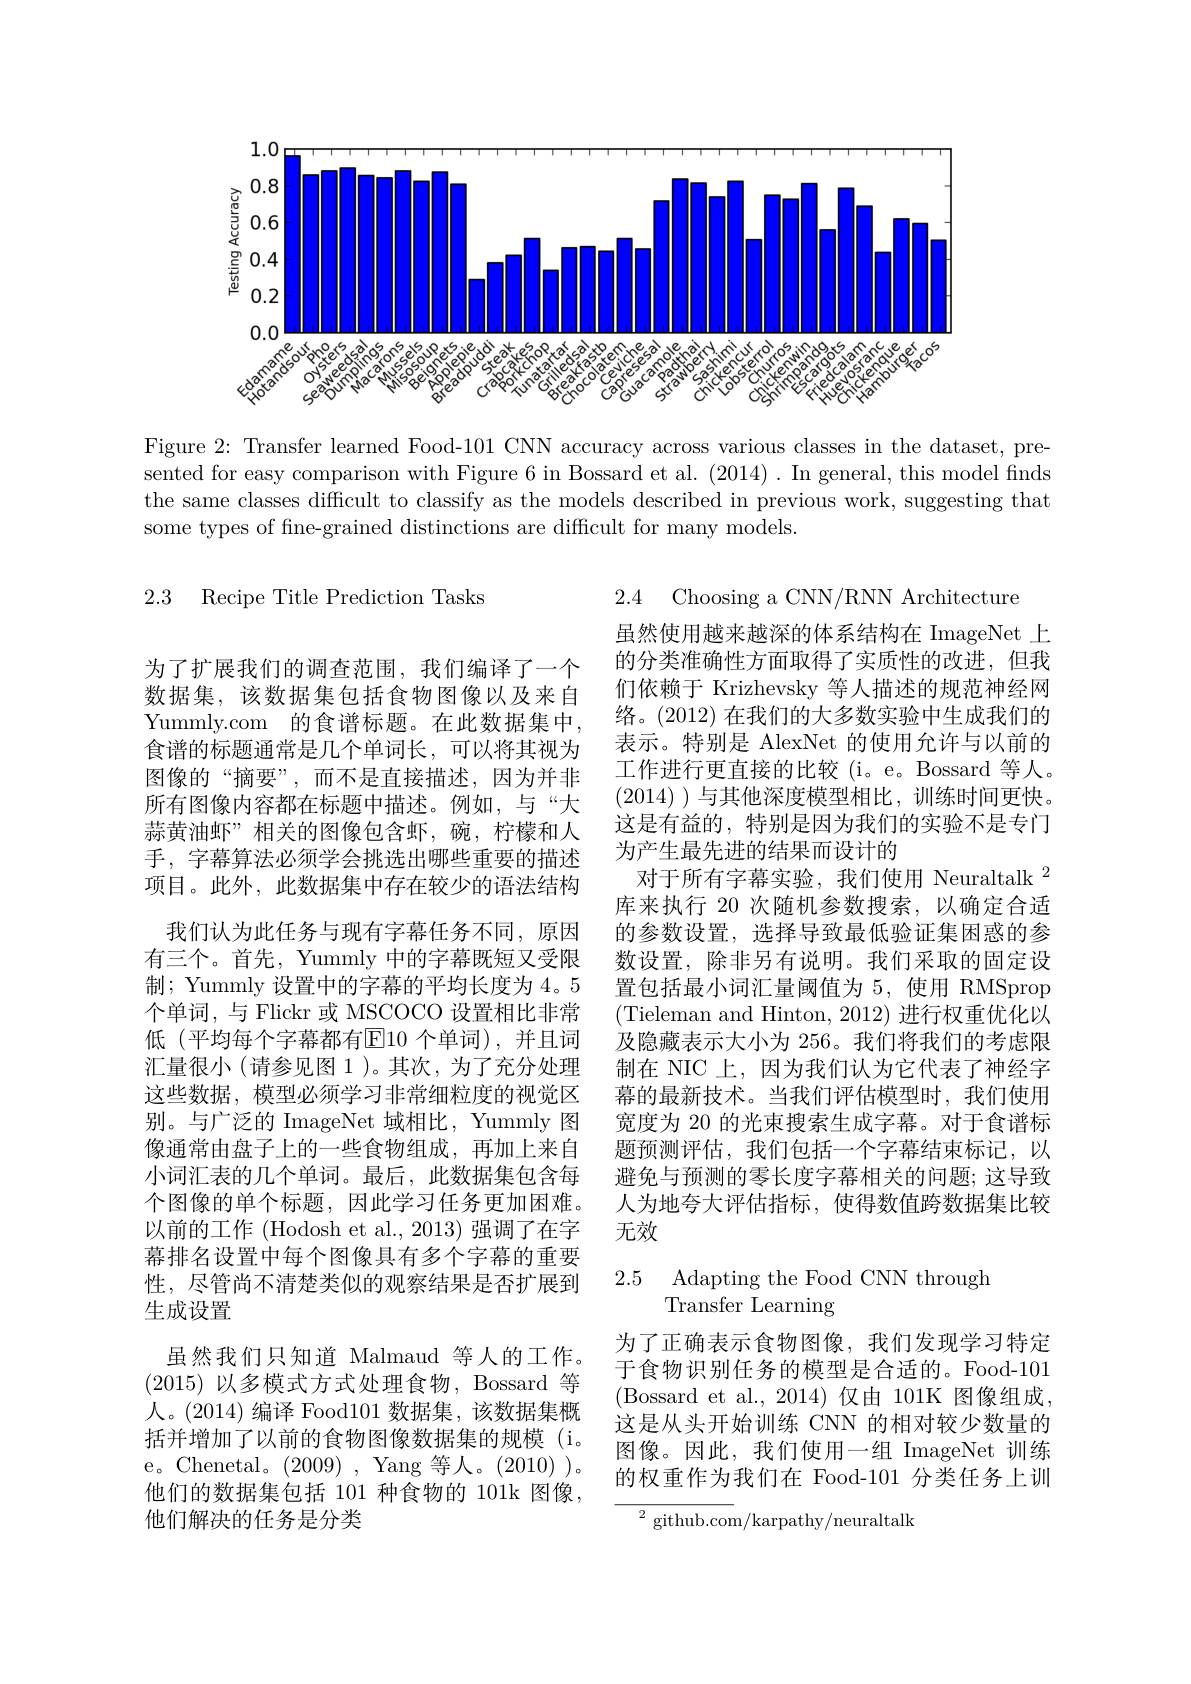
<FigureHere>

Figure 2: Transfer learned Food-101 CNN accuracy across various classes in the dataset, presented for easy comparison with Figure 6 in Bossard et al. (2014) . In general, this model finds the same classes difficult to classify as the models described in previous work, suggesting that some types of fine-grained distinctions are difficult for many models.
2.3 Recipe Title Prediction Tasks
2.4 Choosing a CNN/RN Architecture

虽然使用越来越深的体系结构在 ImageNet 上的分类准确性方面取得了实质性的改进，但我们依赖于 Krizhevsky 等人描述的规范神经网
Yummly.com 的食谱标题。在此数据集中，络。(2012)在我们的大多数实验中生成我们的
表示。特别是 AlexNet 的使用允许与以前的工作进行更直接的比较(i。e。Bossard 等人。(2014) )与其他深度模型相比，训练时间更快。这是有益的，特别是因为我们的实验不是专门为产生最先进的结果而设计的
对于所有字幕实验，我们使用 Neuraltalk $^{2}$ 库来执行 20 次随机参数搜索，以确定合适的参数设置，选择导致最低验证集困惑的参数设置，除非另有说明。我们采取的固定设置包括最小词汇量阈值为 5,使用 RMSprop (Tieleman and Hinton, 2012) 进行权重优化以及隐藏表示大小为 256。我们将我们的考虑限制在 NIC 上，因为我们认为它代表了神经字幕的最新技术。当我们评估模型时，我们使用宽度为 20 的光束搜索生成字幕。对于食谱标题预测评估，我们包括一个字幕结束标记，以避免与预测的零长度字幕相关的问题；这导致人为地夸大评估指标，使得数值跨数据集比较无效

为了扩展我们的调查范围，我们编译了一个数据集，该数据集包括食物图像以及来自食谱的标题通常是几个单词长，可以将其视为图像的“摘要”,而不是直接描述，因为并非所有图像内容都在标题中描述。例如，与“大蒜黄油虾”相关的图像包含虾，碗，柠檬和人手，字幕算法必须学会挑选出哪些重要的描述项目。此外，此数据集中存在较少的语法结构
我们认为此任务与现有字幕任务不同，原因有三个。首先，Yummly 中的字幕既短又受限制；Yummly 设置中的字幕的平均长度为 4。5个单词，与 Flickr 或 MSCOCO 设置相比非常低 (平均每个字幕都有$\overline{\mathrm{E}}$10 个单词),并且词汇量很小(请参见图 1)。其次，为了充分处理这些数据，模型必须学习非常细粒度的视觉区别。与广泛的 ImageNet 域相比，Yummly 图像通常由盘子上的一些食物组成，再加上来自小词汇表的几个单词。最后，此数据集包含每个图像的单个标题，因此学习任务更加困难。以前的工作 (Hodosh et al., 2013) 强调了在字幕排名设置中每个图像具有多个字幕的重要性，尽管尚不清楚类似的观察结果是否扩展到生成设置

## 2.5 Adapting the Food CNN through ${\overset{\mathrm{Transfer~Learning}}{\operatorname*{\operatorname*{\text{Transfer Learning}}}}}$

为了正确表示食物图像，我们发现学习特定于食物识别任务的模型是合适的。Food-101 (Bossard et al.,2014)仅由 101K 图像组成， 这是从头开始训练 CNN 的相对较少数量的图像。因此，我们使用一组 ImageNet 训练的权重作为我们在 Food-101 分类任务上训

虽然我们只知道 Malmaud 等人的工作。(2015)以多模式方式处理食物，Bossard 等人。(2014) 编译 Food101 数据集，该数据集概括并增加了以前的食物图像数据集的规模(i。e。Chenetal。(2009),Yang 等人。(2010))。他们的数据集包括 101 种食物的 101k 图像， 他们解决的任务是分类

$^{2}$ github.com/karpathy/neuraltalk